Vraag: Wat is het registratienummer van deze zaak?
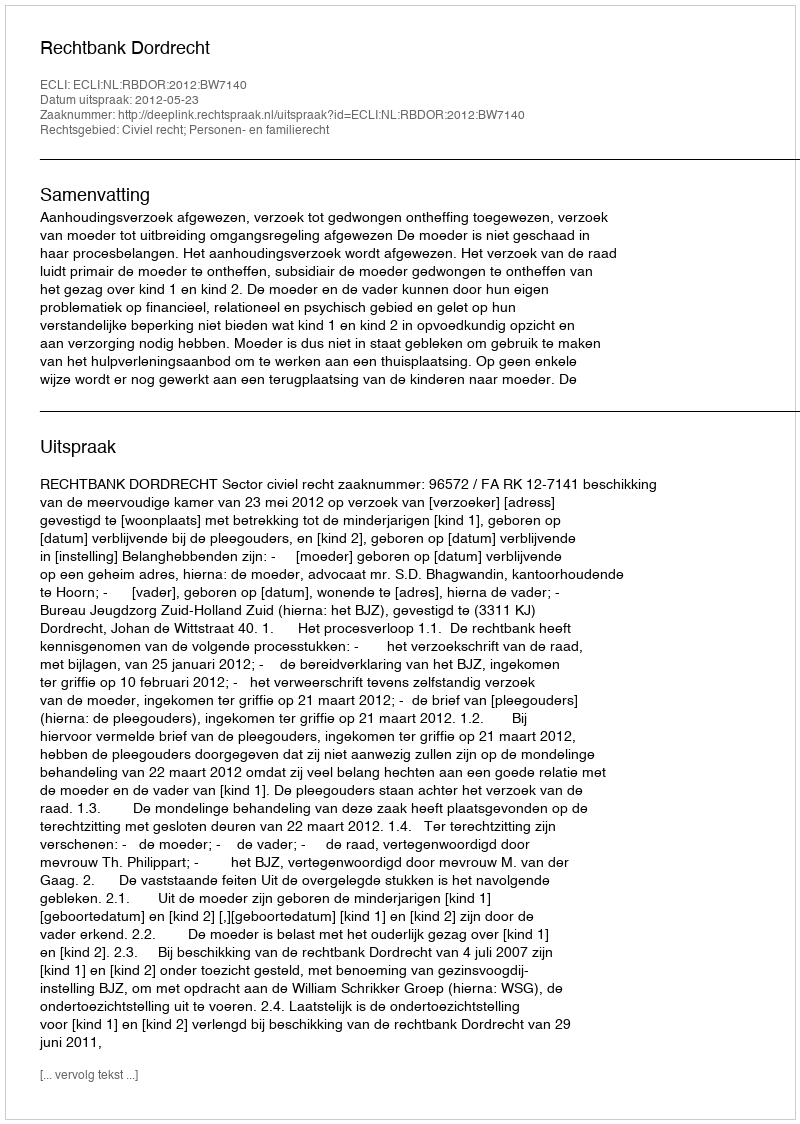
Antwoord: http://deeplink.rechtspraak.nl/uitspraak?id=ECLI:NL:RBDOR:2012:BW7140